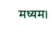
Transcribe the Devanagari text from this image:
मध्यम।